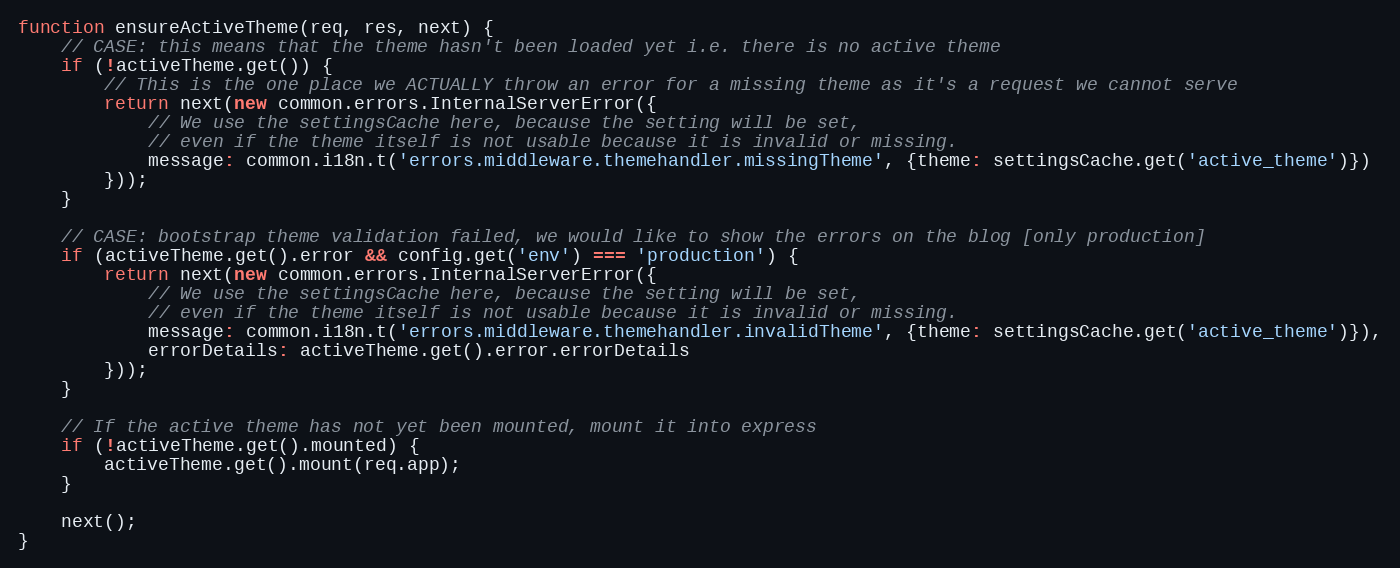
Language: JavaScript
function ensureActiveTheme(req, res, next) {
    // CASE: this means that the theme hasn't been loaded yet i.e. there is no active theme
    if (!activeTheme.get()) {
        // This is the one place we ACTUALLY throw an error for a missing theme as it's a request we cannot serve
        return next(new common.errors.InternalServerError({
            // We use the settingsCache here, because the setting will be set,
            // even if the theme itself is not usable because it is invalid or missing.
            message: common.i18n.t('errors.middleware.themehandler.missingTheme', {theme: settingsCache.get('active_theme')})
        }));
    }

    // CASE: bootstrap theme validation failed, we would like to show the errors on the blog [only production]
    if (activeTheme.get().error && config.get('env') === 'production') {
        return next(new common.errors.InternalServerError({
            // We use the settingsCache here, because the setting will be set,
            // even if the theme itself is not usable because it is invalid or missing.
            message: common.i18n.t('errors.middleware.themehandler.invalidTheme', {theme: settingsCache.get('active_theme')}),
            errorDetails: activeTheme.get().error.errorDetails
        }));
    }

    // If the active theme has not yet been mounted, mount it into express
    if (!activeTheme.get().mounted) {
        activeTheme.get().mount(req.app);
    }

    next();
}